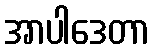
အာပါဒေတာ